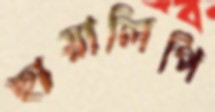
ছায়ালিপি